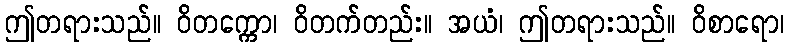
ဤတရားသည်။ ဝိတက္ကော၊ ဝိတက်တည်း။ အယံ၊ ဤတရားသည်။ ဝိစာရော၊